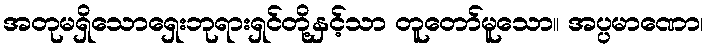
အတုမရှိသောရှေးဘုရားရှင်တို့နှင့်သာ တူတော်မူသော။ အပ္ပမာဏော၊